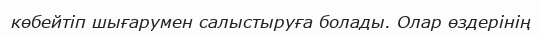
көбейтіп шығарумен салыстыруға болады. Олар өздерінің